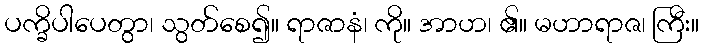
ပက္ခိပါပေတွာ၊ သွတ်စေ၍။ ရာဇာနံ၊ ကို။ အာဟ၊ ၏။ မဟာရာဇ၊ ကြီး။